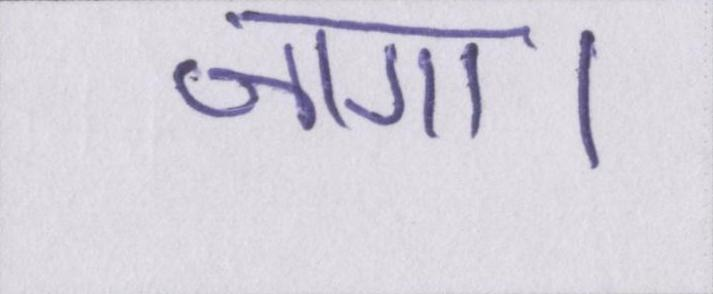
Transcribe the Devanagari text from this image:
जागा।